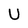
Character: U